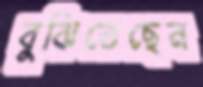
বুঝিতেছেন